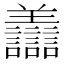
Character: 𧮟